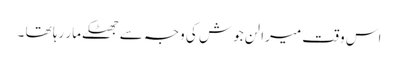
اس وقت میرا لن جوش کی وجہ سے جھٹکے مار رہا تھا ۔